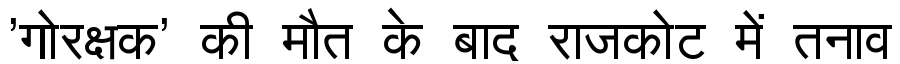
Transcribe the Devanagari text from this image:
'गोरक्षक' की मौत के बाद राजकोट में तनाव